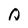
Character: Q